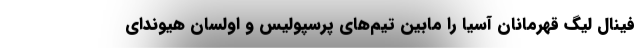
فینال لیگ قهرمانان آسیا را مابین تیم‌های پرسپولیس و اولسان هیوندای